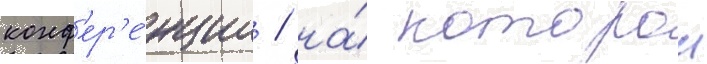
конф'ер'е́нции / на́ которои